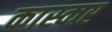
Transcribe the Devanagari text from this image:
कास्कर